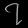
Digit: ၇